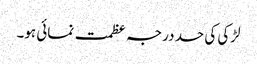
لڑکی کی حد درجہ عظمت نمائی ہو۔